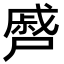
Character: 㞝